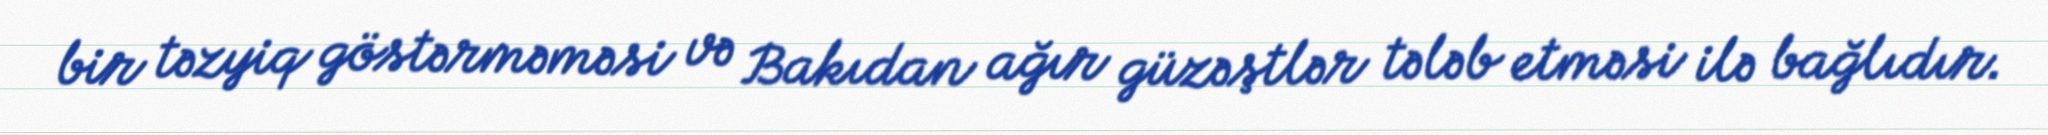
bir təzyiq göstərməməsi və Bakıdan ağır güzəştlər tələb etməsi ilə bağlıdır.